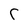
Character: C